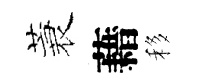
蓑藉移